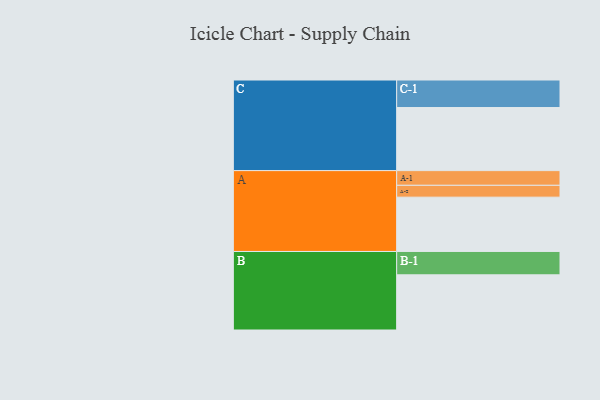
{"axis": {"x": "Segment", "y": "Value"}, "legend": ["", "A", "B", "C"], "data": [{"x": "A", "y": 440, "type": ""}, {"x": "B", "y": 447, "type": ""}, {"x": "C", "y": 511, "type": ""}, {"x": "A-1", "y": 119, "type": "A"}, {"x": "A-2", "y": 96, "type": "A"}, {"x": "B-1", "y": 189, "type": "B"}, {"x": "C-1", "y": 223, "type": "C"}]}